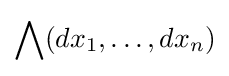
\bigwedge (dx_{1},\ldots ,dx_{n})